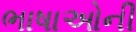
ભાષાઓની